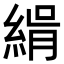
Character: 𦂝